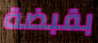
بقبضة